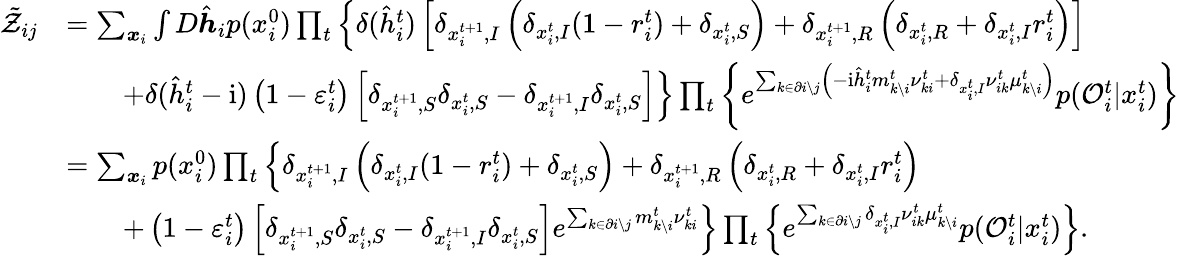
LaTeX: \begin{array}{rl}{\tilde{\mathcal{Z}}_{ij}}&{=\sum_{\boldsymbol{x}_{i}}\int D\hat{\boldsymbol{h}}_{i}p(x_{i}^{0})\prod_{t}\left\{ \delta(\hat{h}_{i}^{t})\left[\delta_{x_{i}^{t+1},I}\left(\delta_{x_{i}^{t},I}(1-r_{i}^{t})+\delta_{x_{i}^{t},S}\right)+\delta_{x_{i}^{t+1},R}\left(\delta_{x_{i}^{t},R}+\delta_{x_{i}^{t},I}r_{i}^{t}\right)\right]\right.}\\ &{\qquad\left.+\delta(\hat{h}_{i}^{t}-\mathrm{i})\left(1-\varepsilon_{i}^{t}\right)\left[\delta_{x_{i}^{t+1},S}\delta_{x_{i}^{t},S}-\delta_{x_{i}^{t+1},I}\delta_{x_{i}^{t},S}\right]\right\} \prod_{t}\left\{ e^{\sum_{k\in\partial i\setminus j}\left(-\mathrm{i}\hat{h}_{i}^{t}m_{k\setminus i}^{t}\nu_{ki}^{t}+\delta_{x_{i}^{t},I}\nu_{ik}^{t}\mu_{k\setminus i}^{t}\right)}p(\mathcal{O}_{i}^{t}|x_{i}^{t})\right\} }\\ &{=\sum_{\boldsymbol{x}_{i}}p(x_{i}^{0})\prod_{t}\left\{ \delta_{x_{i}^{t+1},I}\left(\delta_{x_{i}^{t},I}(1-r_{i}^{t})+\delta_{x_{i}^{t},S}\right)+\delta_{x_{i}^{t+1},R}\left(\delta_{x_{i}^{t},R}+\delta_{x_{i}^{t},I}r_{i}^{t}\right)\right.}\\ &{\qquad\left.+\left(1-\varepsilon_{i}^{t}\right)\left[\delta_{x_{i}^{t+1},S}\delta_{x_{i}^{t},S}-\delta_{x_{i}^{t+1},I}\delta_{x_{i}^{t},S}\right]e^{\sum_{k\in\partial i\setminus j}m_{k\setminus i}^{t}\nu_{ki}^{t}}\right\} \prod_{t}\left\{ e^{\sum_{k\in\partial i\setminus j}\delta_{x_{i}^{t},I}\nu_{ik}^{t}\mu_{k\setminus i}^{t}}p(\mathcal{O}_{i}^{t}|x_{i}^{t})\right\} .}\end{array}